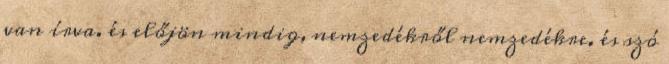
van írva. és előjön mindig, nemzedékről nemzedékre. és szó